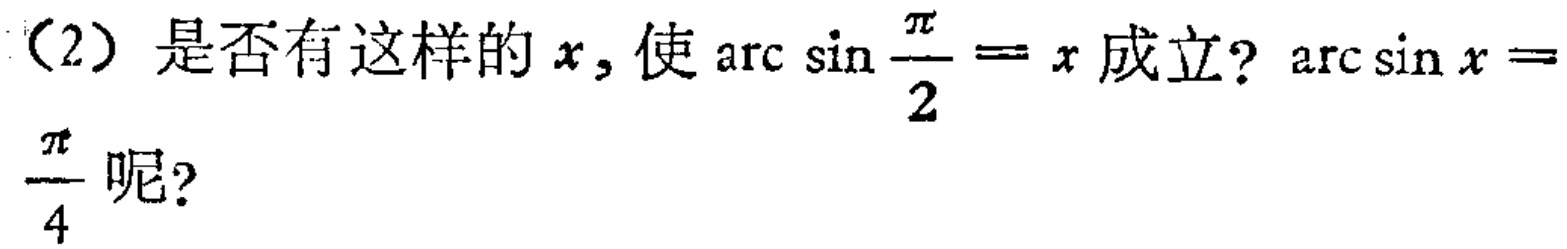
（2）是否有这样的 \(x\)，使\(\arcsin\frac{\pi}{2}=x\)成立？\(\arcsin x = \frac{\pi}{4}\)呢？